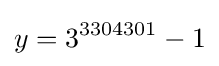
y=3^{3304301}-1